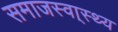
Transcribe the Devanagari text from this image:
समाजस्वा्स्थ्य